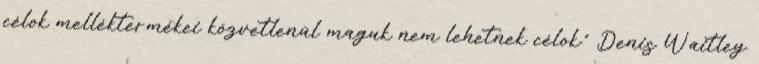
célok melléktermékei közvetlenül maguk nem lehetnek célok.” Denis Waitley